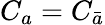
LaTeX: C_{a}=C_{\bar{a}}